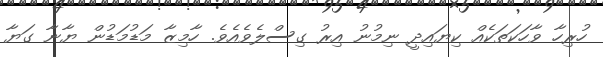
ހުރިހާ ވާހަކަތަކެއް ކިޔައިދީ ނިމުނު އިރު ގިސްލެވެއެވެ. ހާމިޒާ މަޑުމަޑުން ޔާނާ ގަޔާ